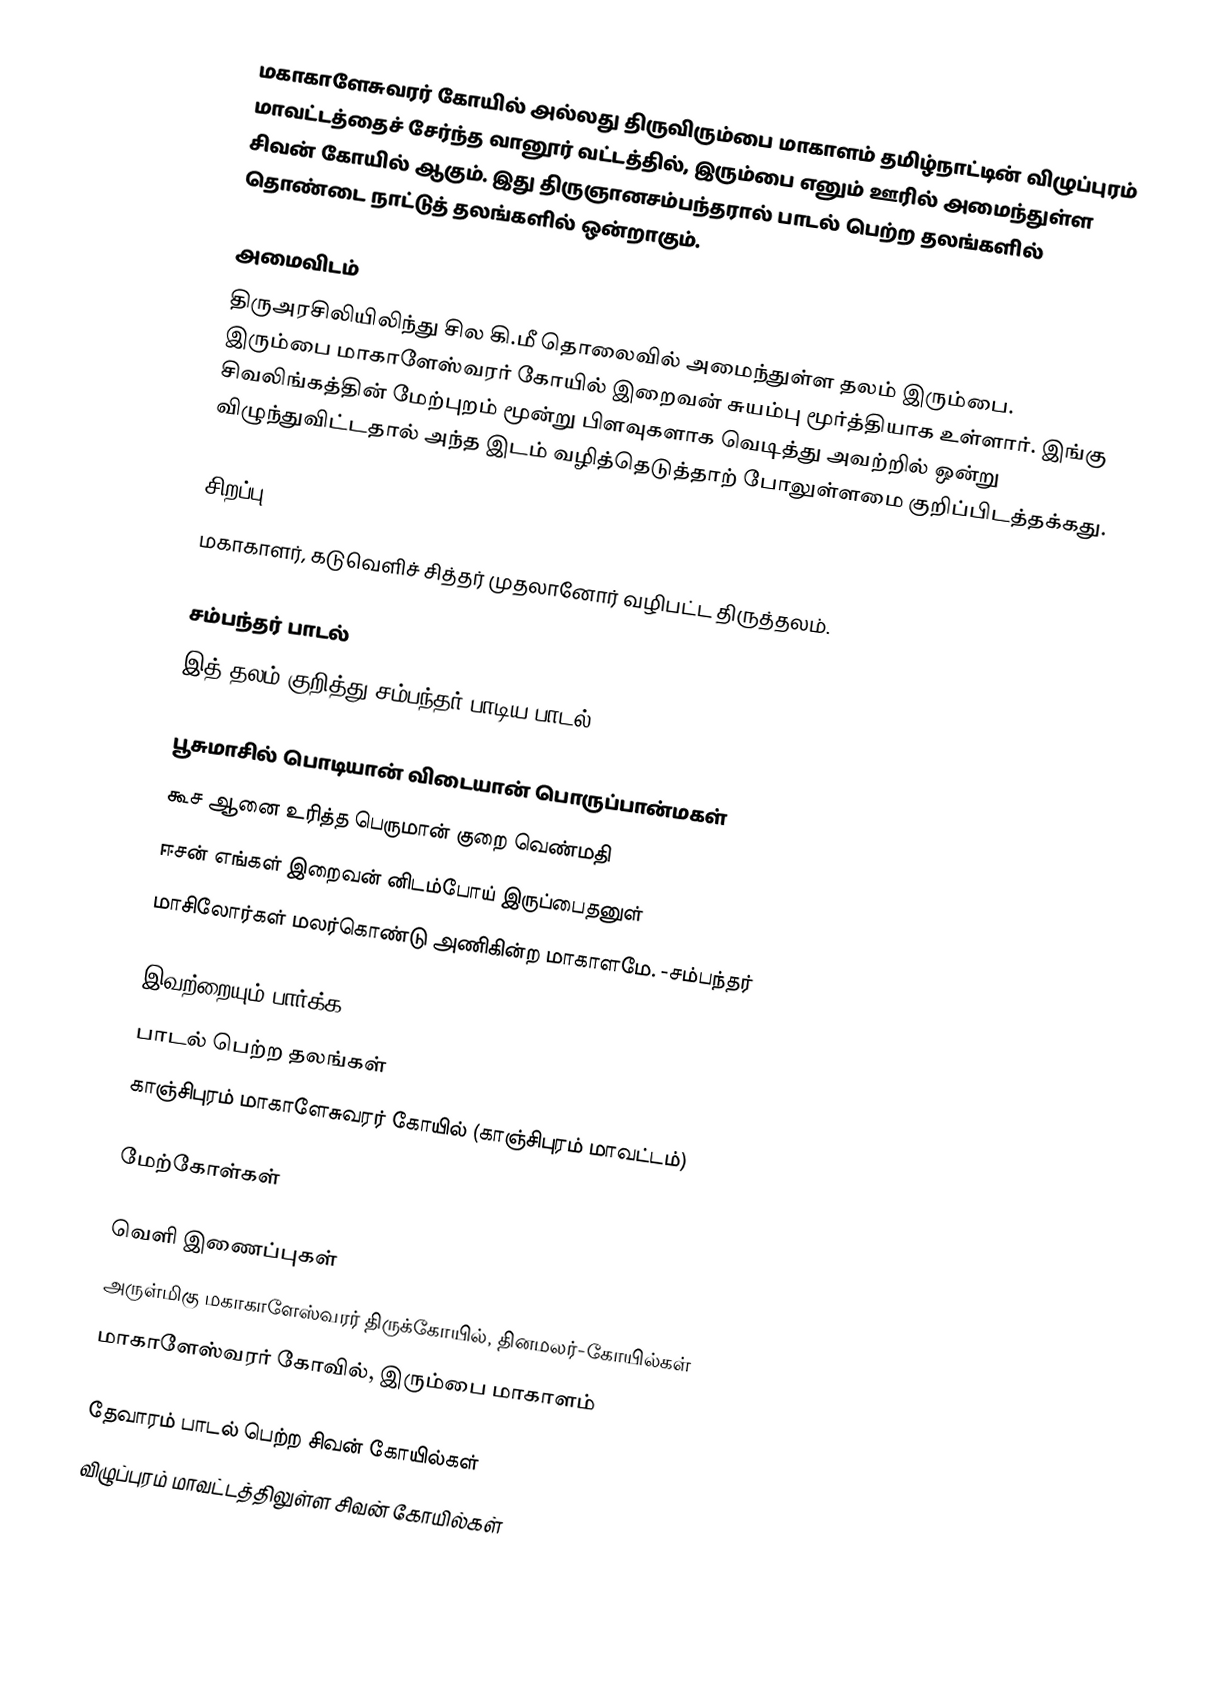
மகாகாளேசுவரர் கோயில் அல்லது திருவிரும்பை மாகாளம் தமிழ்நாட்டின் விழுப்புரம் மாவட்டத்தைச் சேர்ந்த வானூர் வட்டத்தில், இரும்பை எனும் ஊரில் அமைந்துள்ள சிவன் கோயில் ஆகும். இது திருஞானசம்பந்தரால் பாடல் பெற்ற தலங்களில் தொண்டை நாட்டுத் தலங்களில் ஒன்றாகும்.

அமைவிடம்
திருஅரசிலியிலிந்து சில கி.மீ தொலைவில் அமைந்துள்ள தலம் இரும்பை. இரும்பை மாகாளேஸ்வரர் கோயில் இறைவன் சுயம்பு மூர்த்தியாக உள்ளார். இங்கு சிவலிங்கத்தின் மேற்புறம் மூன்று பிளவுகளாக வெடித்து அவற்றில் ஒன்று விழுந்துவிட்டதால் அந்த இடம் வழித்தெடுத்தாற் போலுள்ளமை குறிப்பிடத்தக்கது.

சிறப்பு
மகாகாளர், கடுவெளிச் சித்தர் முதலானோர் வழிபட்ட திருத்தலம்.

சம்பந்தர் பாடல்
இத் தலம் குறித்து சம்பந்தர் பாடிய பாடல்:

பூசுமாசில் பொடியான் விடையான் பொருப்பான்மகள்
கூச ஆனை உரித்த பெருமான் குறை வெண்மதி
ஈசன் எங்கள் இறைவன் னிடம்போய் இருப்பைதனுள்
மாசிலோர்கள் மலர்கொண்டு அணிகின்ற மாகாளமே. -சம்பந்தர்

இவற்றையும் பார்க்க
 பாடல் பெற்ற தலங்கள்
 காஞ்சிபுரம் மாகாளேசுவரர் கோயில் (காஞ்சிபுரம் மாவட்டம்)

மேற்கோள்கள்

வெளி இணைப்புகள்
அருள்மிகு மகாகாளேஸ்வரர் திருக்கோயில், தினமலர்-கோயில்கள்
மாகாளேஸ்வரர் கோவில், இரும்பை மாகாளம்

தேவாரம் பாடல் பெற்ற சிவன் கோயில்கள்
விழுப்புரம் மாவட்டத்திலுள்ள சிவன் கோயில்கள்